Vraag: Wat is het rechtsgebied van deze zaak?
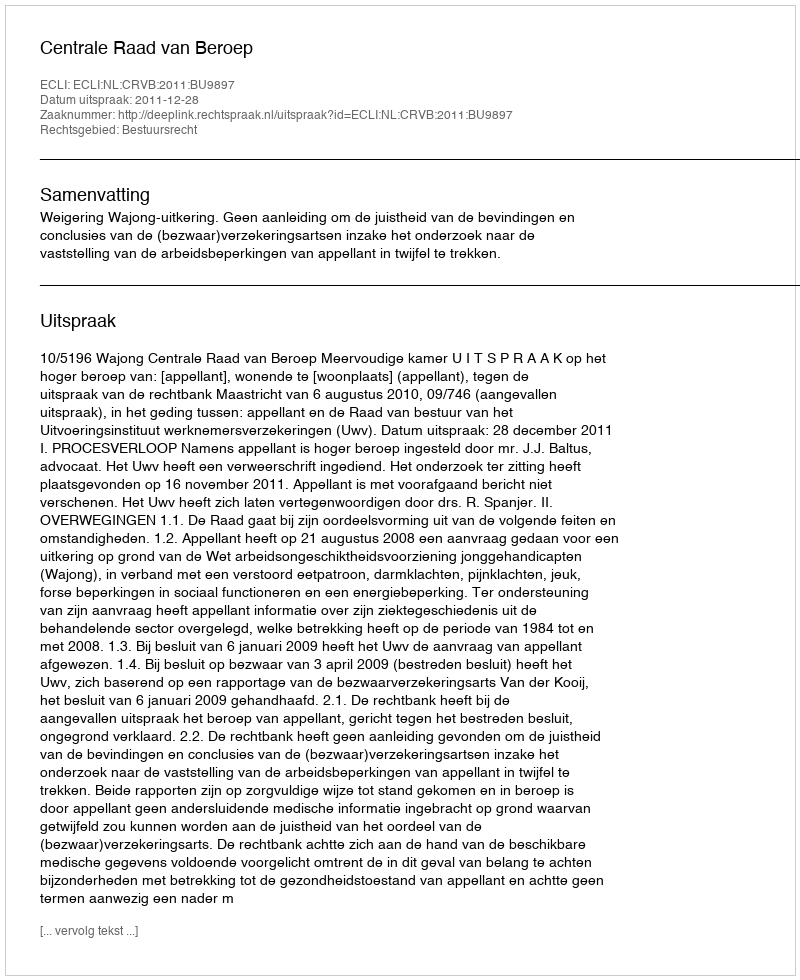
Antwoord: Bestuursrecht